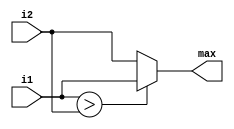
module max_c(input [31:0] i1, 
            input [31:0] i2,
            output [31:0] max); 

    assign max = (i1 > i2) ? i1 : i2;
endmodule